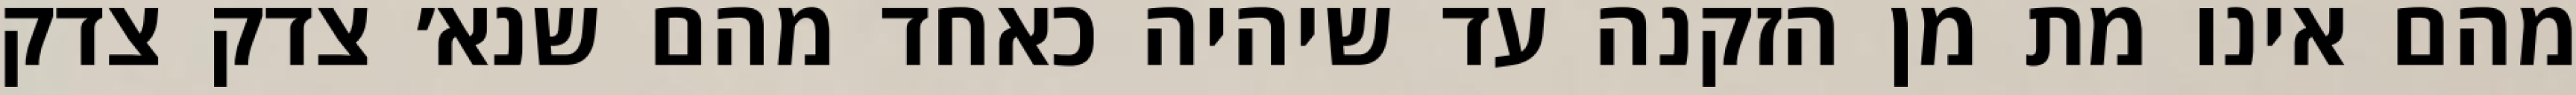
מהם אינו מת מן הזקנה עד שיהיה כאחד מהם שנא׳ צדק צדק